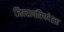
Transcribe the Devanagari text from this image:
जिल्हापरिषदेला